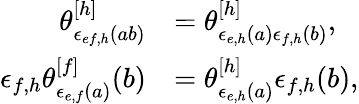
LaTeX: \begin{array}{rl}{\theta_{\epsilon_{ef,h}(ab)}^{[h]}}&{=\theta_{\epsilon_{e,h}(a)\epsilon_{f,h}(b)}^{[h]},}\\ {\epsilon_{f,h}\theta_{\epsilon_{e,f}(a)}^{[f]}(b)}&{=\theta_{\epsilon_{e,h}(a)}^{[h]}\epsilon_{f,h}(b),}\end{array}